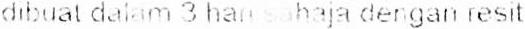
DIBUAT DALAM 3 HAN SAHAJA DENGAN RESIT